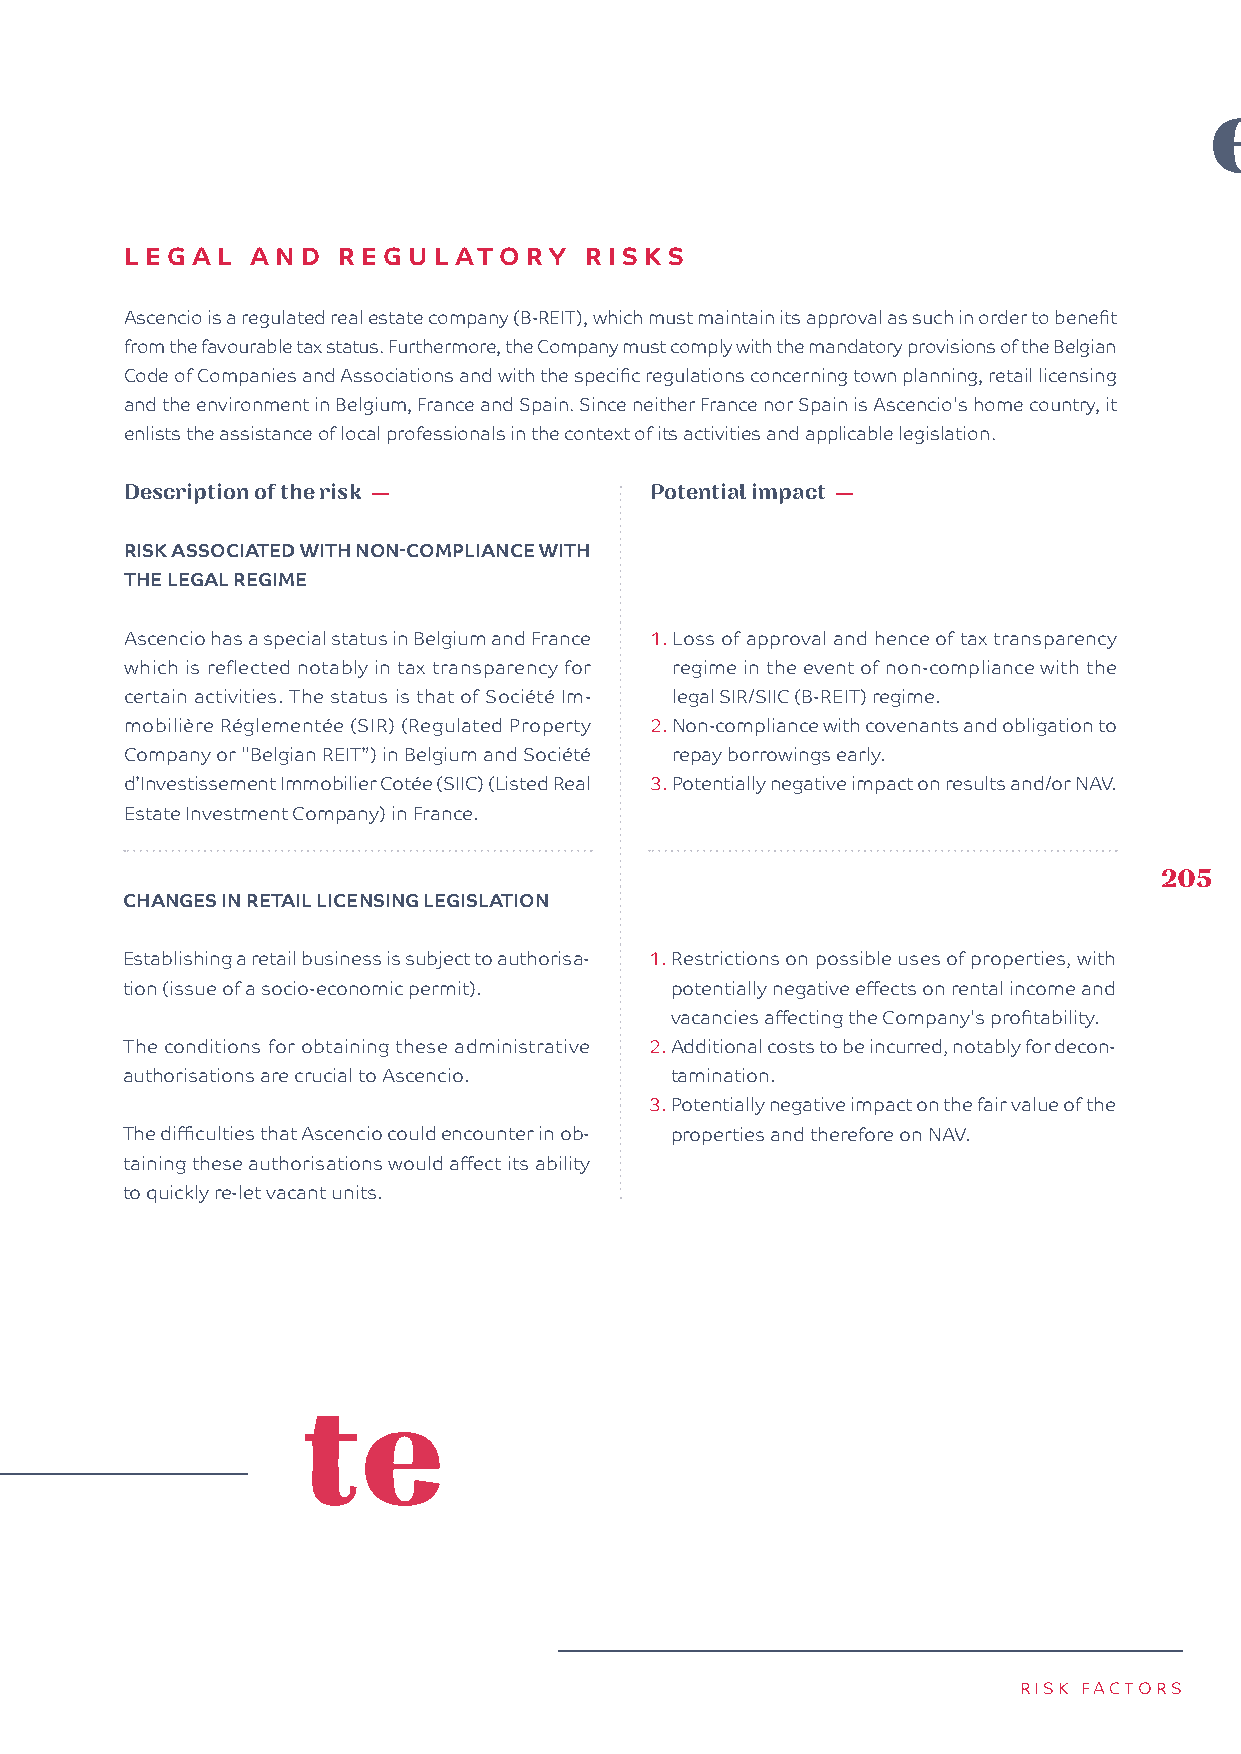
LEGAL    AND  REGUL   ATORY    RI SKS
 Ascencio is a regulated real estate company (B-REIT), which must maintain its approval as such in order to benefit
 from the favourable tax status. Furthermore, the Company must comply with the mandatory provisions of the Belgian
 Code of Companies and Associations and with the specific regulations concerning town planning, retail licensing
 and the environment in Belgium, France and Spain. Since neither France nor Spain is Ascencio's home country, it
 enlists the assistance of local professionals in the context of its activities and applicable legislation.
 Description of the risk —          Potential impact —AC
 RISK ASSOCIATED WITH NON-COMPLIANCE WITH
 THE LEGAL REGIME
 Ascencio has a special status in Belgium and France 1. Loss of approval and hence of tax transparency
 which is reflected notably in tax transparency for regime in the event of non-compliance with the
 certain activities. The status is that of Société Im- legal SIR/SIIC (B-REIT) regime.
 mobilière Réglementée (SIR) (Regulated Property 2. Non-compliance with covenants and obligation to
 Company or "Belgian REIT”) in Belgium and Société repay borrowings early.
 d’Investissement Immobilier Cotée (SIIC) (Listed Real 3. Potentially negative impact on results and/or NAV.
 Estate Investment Company) in France.
 205
 CHANGES IN RETAIL LICENSING LEGISLATION
 Establishing a retail business is subject to authorisa- 1. Restrictions on possible uses of properties, with
 tion (issue of a socio-economic permit). potentially negative effects on rental income and
 vacancies affecting the Company's profitability.
 The conditions for obtaining these administrative 2. Additional costs to be incurred, notably for decon-
 authorisations are crucial to Ascencio. tamination.
 3. Potentially negative impact on the fair value of the
 The difficulties that Ascencio could encounter in ob- properties and therefore on NAV.
 taining these authorisations would affect its ability
 to quickly re-let vacant units.
 RISK FACTORS